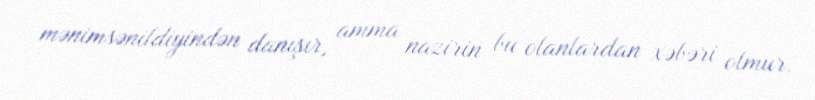
mənimsənildiyindən danışır, amma nazirin bu olanlardan xəbəri olmur.